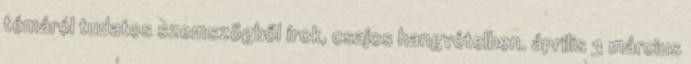
témáról tudatos szemszögből írok, csajos hangvételben. április 3 március